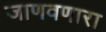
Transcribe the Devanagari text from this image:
जाणवणारा